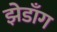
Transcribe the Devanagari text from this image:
झेडाँग